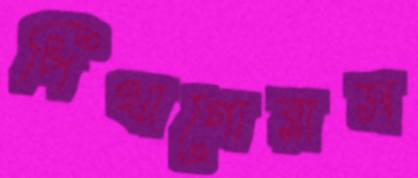
পিথাগোরাস